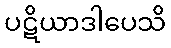
ပဋိယာဒါပေသိ